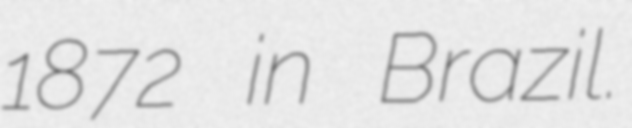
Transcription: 1872 in Brazil.